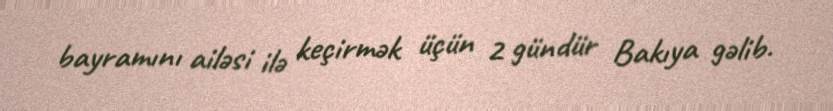
bayramını ailəsi ilə keçirmək üçün 2 gündür Bakıya gəlib.